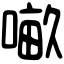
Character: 𠺖